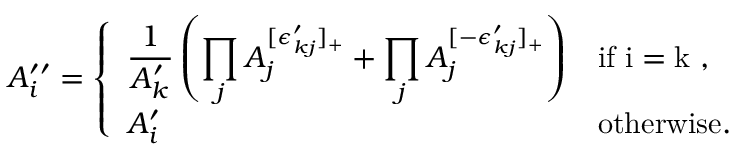
A _ { i } ^ { \prime \prime } = \left\{ \begin{array} { l l } { \displaystyle \frac { 1 } { A _ { k } ^ { \prime } } \left( \prod _ { j } A _ { j } ^ { [ \epsilon _ { k j } ^ { \prime } ] _ { + } } + \prod _ { j } A _ { j } ^ { [ - \epsilon _ { k j } ^ { \prime } ] _ { + } } \right) } & { \mathrm { i f ~ i = k ~ } , } \\ { A _ { i } ^ { \prime } } & { \mathrm { o t h e r w i s e } . } \end{array} \right.